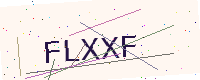
Text: FLXXF